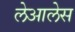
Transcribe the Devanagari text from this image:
लेआलेस